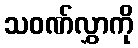
သဝဏ်လွှာကို